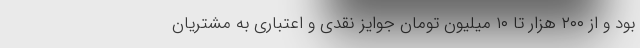
بود و از ۲۰۰ هزار تا ۱۰ میلیون تومان جوایز نقدی و اعتباری به مشتریان